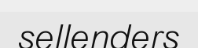
sellenders